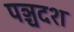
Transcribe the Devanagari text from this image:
पञ्चदश